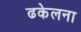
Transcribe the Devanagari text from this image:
ढकेलना